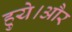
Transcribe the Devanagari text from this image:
हुये।और